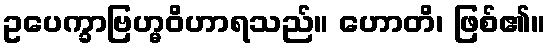
ဥပေက္ခာဗြဟ္မဝိဟာရသည်။ ဟောတိ၊ ဖြစ်၏။